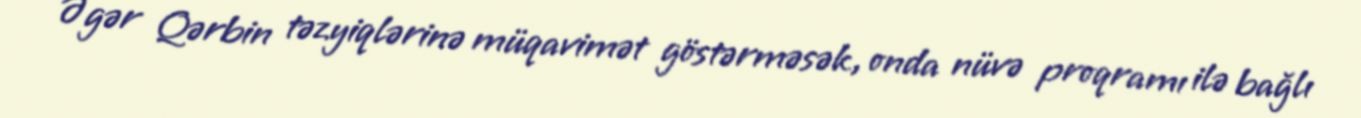
Əgər Qərbin təzyiqlərinə müqavimət göstərməsək, onda nüvə proqramı ilə bağlı